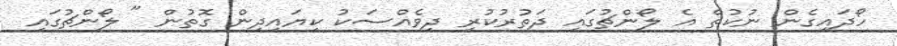
ހޯދައިގެން ނުކުތް އެ ލޯންޗުގައި ދަތުރުކުރި ދިވެއްސަކު ކިޔައިދިން ގޮތުން " ލޯންޗުގައި